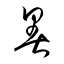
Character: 暑